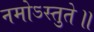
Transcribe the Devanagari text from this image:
नमोऽस्तुते॥